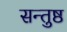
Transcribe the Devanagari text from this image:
सन्तुष्ठ